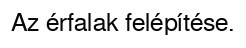
Az érfalak felépítése.